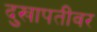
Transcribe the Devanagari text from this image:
दुखापतींवर